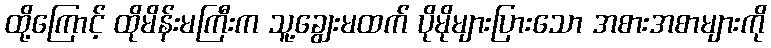
ထို့ကြောင့် ထိုမိန်းမကြီးက သူ့ချွေးမထက် ပိုမိုများပြားသော အစားအစာများကို